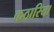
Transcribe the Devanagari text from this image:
कठारिया